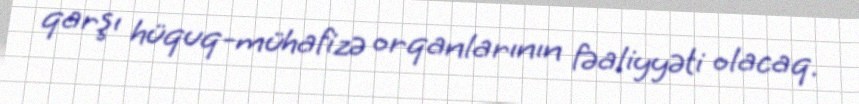
qarşı hüquq-mühafizə orqanlarının fəaliyyəti olacaq.